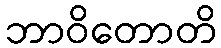
ဘာဝိတောတိ